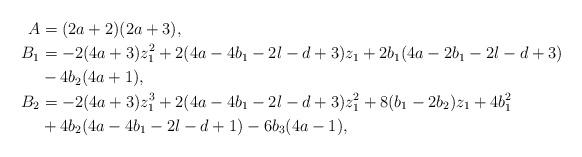
LaTeX: \begin{align*} A &= (2a+2)(2a+3), \\ B_1 &= - 2(4a+3)z_1^2 + 2(4a-4b_1-2l-d+3)z_1 + 2b_1(4a-2b_1-2l-d+3) \\ &{} - 4b_2(4a+1), \\ B_2 &= - 2(4a+3)z_1^3 + 2(4a-4b_1-2l-d+3)z_1^2 + 8(b_1-2b_2)z_1 + 4b_1^2 \\ &{} + 4b_2(4a-4b_1-2l-d+1) - 6b_3(4a-1),\end{align*}